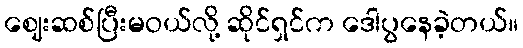
ဈေးဆစ်ပြီးမဝယ်လို့ ဆိုင်ရှင်က ဒေါပွနေခဲ့တယ်။